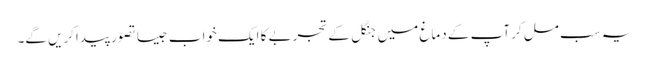
یہ سب مل کر آپ کے دماغ میں جنگل کے تجربے کا ایک خواب جیسا تصوّر پیداکریں گے۔